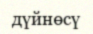
дүйнөсү